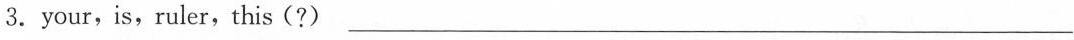
3.your,is,ruler,this(?) ___